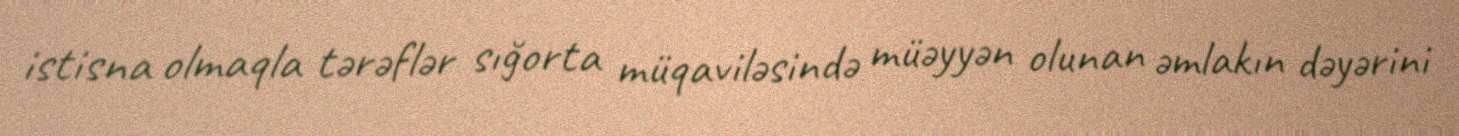
istisna olmaqla tərəflər sığorta müqaviləsində müəyyən olunan əmlakın dəyərini